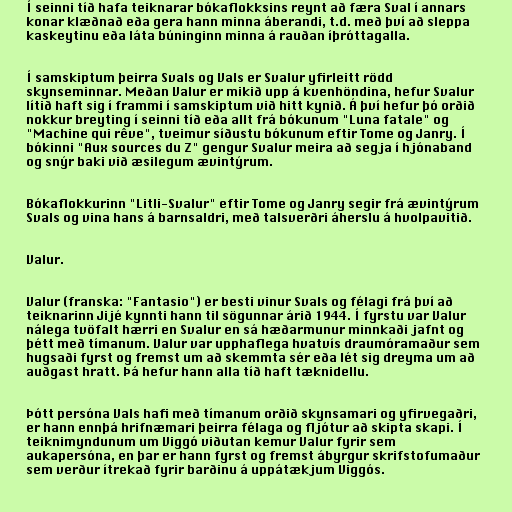
Í seinni tíð hafa teiknarar bókaflokksins reynt að færa Sval í annars
konar klæðnað eða gera hann minna áberandi, t.d. með því að sleppa
kaskeytinu eða láta búninginn minna á rauðan íþróttagalla.

Í samskiptum þeirra Svals og Vals er Svalur yfirleitt rödd
skynseminnar. Meðan Valur er mikið upp á kvenhöndina, hefur Svalur
lítið haft sig í frammi í samskiptum við hitt kynið. Á því hefur þó orðið
nokkur breyting í seinni tíð eða allt frá bókunum "Luna fatale" og
"Machine qui rêve", tveimur síðustu bókunum eftir Tome og Janry. Í
bókinni "Aux sources du Z" gengur Svalur meira að segja í hjónaband
og snýr baki við æsilegum ævintýrum.

Bókaflokkurinn "Litli-Svalur" eftir Tome og Janry segir frá ævintýrum
Svals og vina hans á barnsaldri, með talsverðri áherslu á hvolpavitið.

Valur.

Valur (franska: "Fantasio") er besti vinur Svals og félagi frá því að
teiknarinn Jijé kynnti hann til sögunnar árið 1944. Í fyrstu var Valur
nálega tvöfalt hærri en Svalur en sá hæðarmunur minnkaði jafnt og
þétt með tímanum. Valur var upphaflega hvatvís draumóramaður sem
hugsaði fyrst og fremst um að skemmta sér eða lét sig dreyma um að
auðgast hratt. Þá hefur hann alla tíð haft tæknidellu.

Þótt persóna Vals hafi með tímanum orðið skynsamari og yfirvegaðri,
er hann ennþá hrifnæmari þeirra félaga og fljótur að skipta skapi. Í
teiknimyndunum um Viggó viðutan kemur Valur fyrir sem
aukapersóna, en þar er hann fyrst og fremst ábyrgur skrifstofumaður
sem verður ítrekað fyrir barðinu á uppátækjum Viggós.